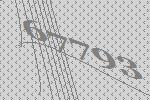
67793